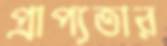
প্রাপ্যতার